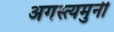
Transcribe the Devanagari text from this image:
अगस्त्यमुनी